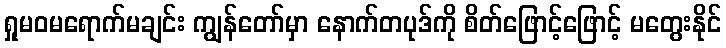
ရှုမဝမရောက်မချင်း ကျွန်တော်မှာ နောက်တပုဒ်ကို စိတ်ဖြောင့်ဖြောင့် မတွေးနိုင်